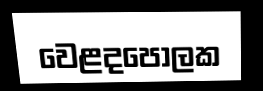
වෙළදපොලක